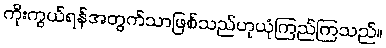
ကိုးကွယ်ရန်အတွက်သာဖြစ်သည်ဟုယုံကြည်ကြသည်။